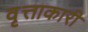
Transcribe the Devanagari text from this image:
वृत्ताकारी